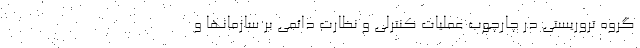
گروه تروریستی در چارچوب عملیات کنترلی و نظارت دائمی بر سازمانها و